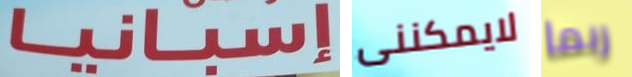
إسبانيا لايمكننى ربما